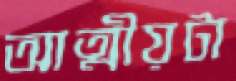
আত্মীয়টা